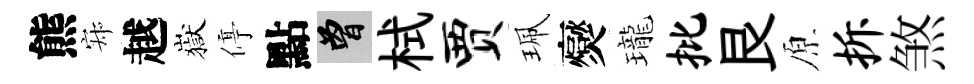
熊寂越嶽停點曾栻贾珮爕瓏批艮原拆煞